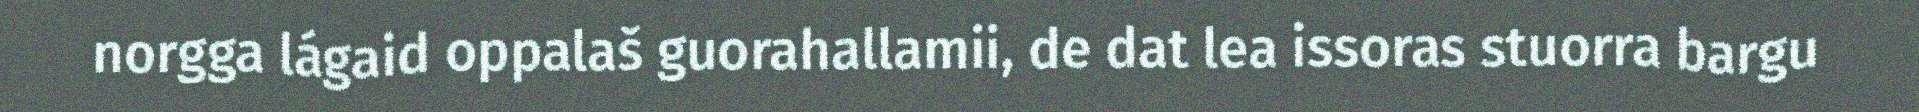
norgga lágaid oppalaš guorahallamii, de dat lea issoras stuorra bargu